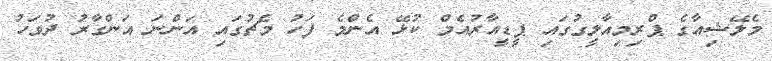
މެލޭޝިއާގެ ޕްރިމިއާލީގުގައި ޕީޑީއާރުއެމް ކުޅޭ އެންމެ ފަހު މެޗުގައި އަންނަ އަންގާރު ދުވަހު